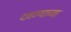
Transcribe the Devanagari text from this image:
दवण्याच्या